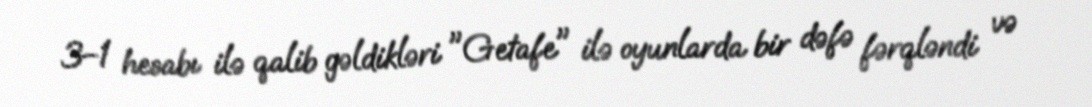
3–1 hesabı ilə qalib gəldikləri "Getafe" ilə oyunlarda bir dəfə fərqləndi və